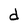
Character: d